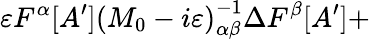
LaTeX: \varepsilon F^{\alpha}[A^{\prime}]\left(M_{0}-i\varepsilon\right)_{\alpha\beta}^{-1}\Delta F^{\beta}[A^{\prime}]+